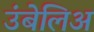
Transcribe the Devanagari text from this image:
उंबेलिअ